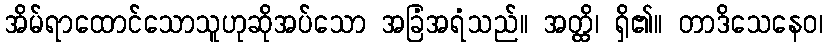
အိမ်ရာထောင်သောသူဟုဆိုအပ်သော အခြံအရံသည်။ အတ္ထိ၊ ရှိ၏။ တာဒိသေနေဝ၊